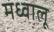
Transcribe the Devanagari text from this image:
मध्वालू